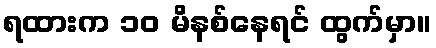
ရထားက ၁၀ မိနစ်နေရင် ထွက်မှာ။